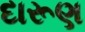
દારૂણ